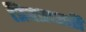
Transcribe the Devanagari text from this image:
त्रिपत्रधारी